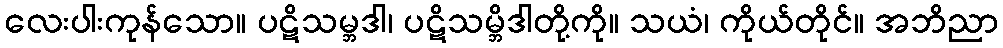
လေးပါးကုန်သော။ ပဋိသမ္ဘဒါ၊ ပဋိသမ္ဘိဒါတို့ကို။ သယံ၊ ကိုယ်တိုင်။ အဘိညာ